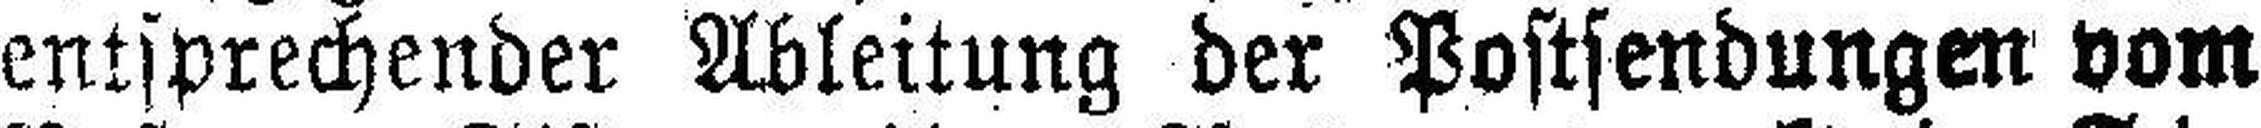
entsprechender Ableitung der Postsendungen vom